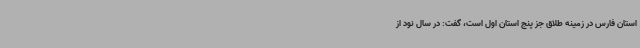
استان فارس در زمینه طلاق جز پنج استان اول است، گفت: در سال نود از